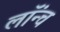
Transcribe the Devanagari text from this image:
लॉंन्च